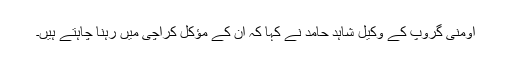
اومنی گروپ کے وکیل شاہد حامد نے کہا کہ ان کے مؤکل کراچی میں رہنا چاہتے ہیں۔